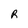
Character: R